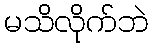
မသိလိုက်ဘဲ